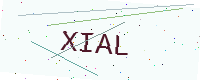
Text: XIAL